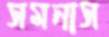
সমনাস